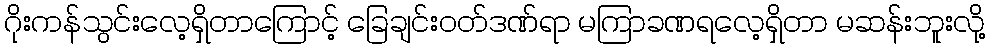
ဂိုးကန်သွင်းလေ့ရှိတာကြောင့် ခြေချင်းဝတ်ဒဏ်ရာ မကြာခဏရလေ့ရှိတာ မဆန်းဘူးလို့